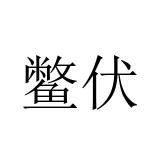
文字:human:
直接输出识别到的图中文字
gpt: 鳖伏